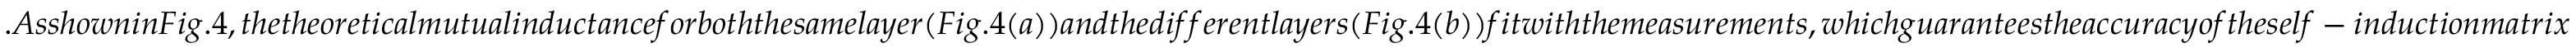
. A s s h o w n i n F i g . 4 , t h e t h e o r e t i c a l m u t u a l i n d u c t a n c e f o r b o t h t h e s a m e l a y e r ( F i g . 4 ( a ) ) a n d t h e d i f f e r e n t l a y e r s ( F i g . 4 ( b ) ) f i t w i t h t h e m e a s u r e m e n t s , w h i c h g u a r a n t e e s t h e a c c u r a c y o f t h e s e l f - i n d u c t i o n m a t r i x